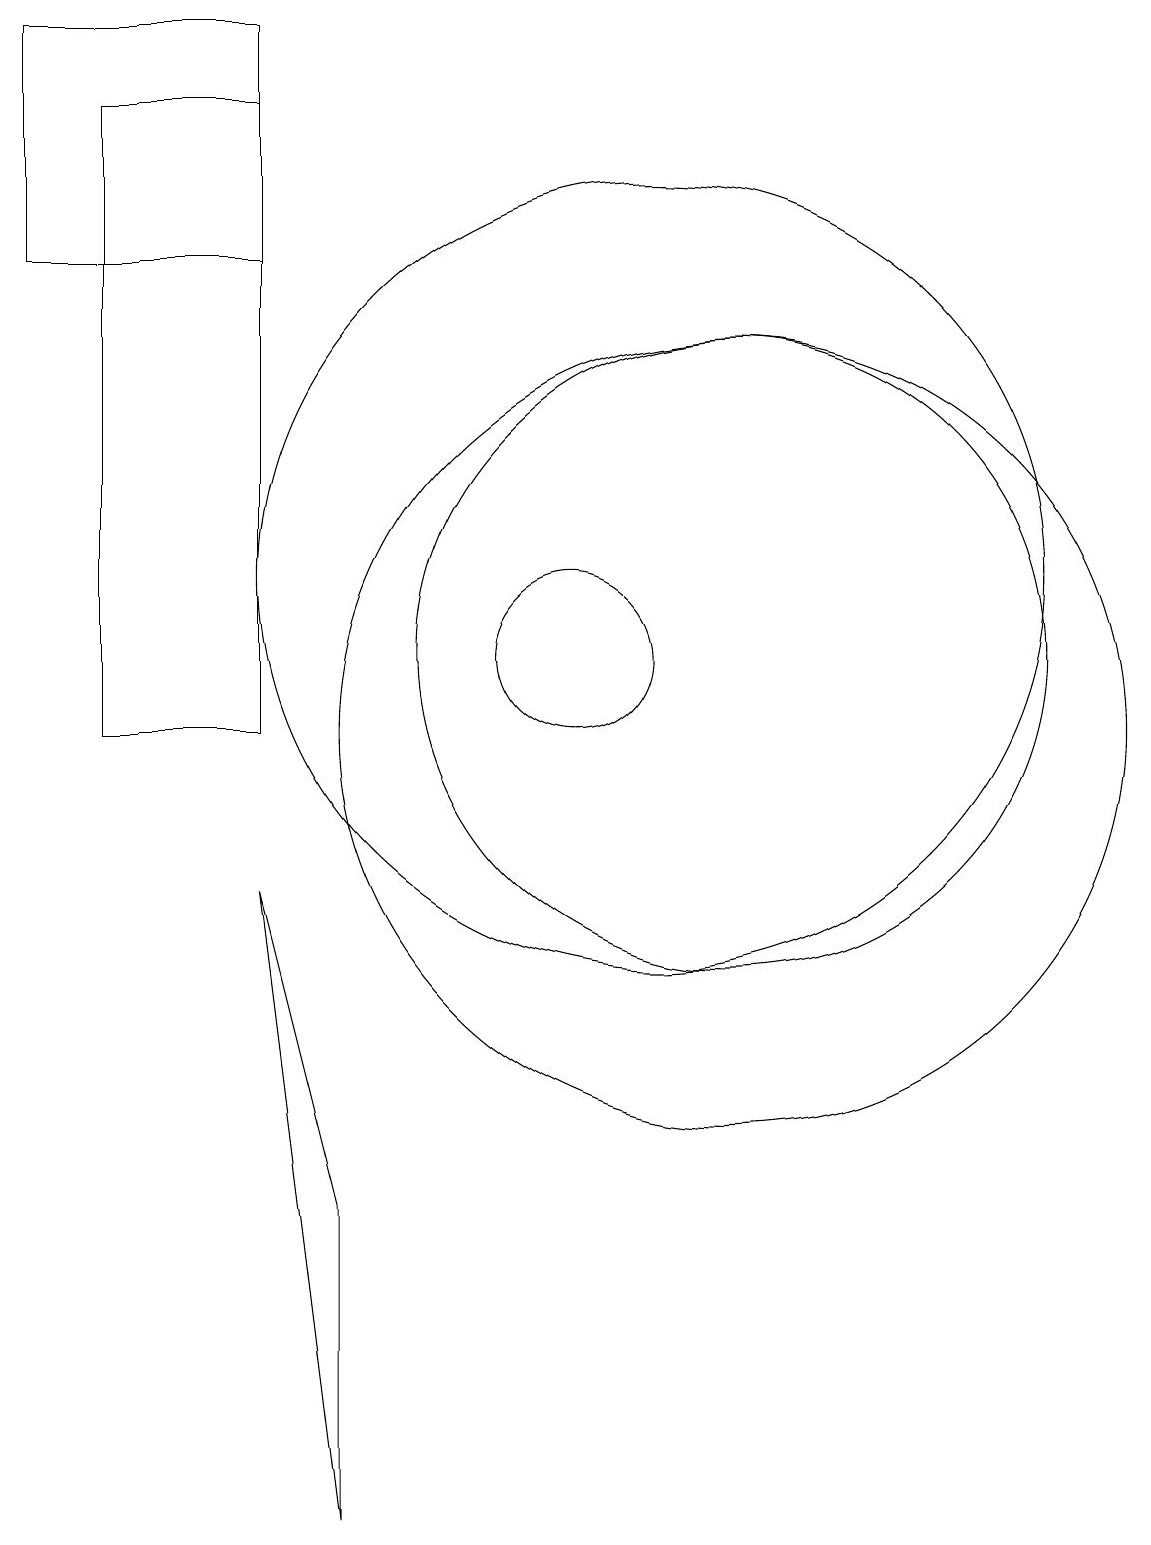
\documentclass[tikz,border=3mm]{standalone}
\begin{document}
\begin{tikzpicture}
\draw (12,11) circle (4);
\draw (11,12) circle (5);
\draw (6,8) -- (7,4) -- (7,0) -- cycle;
\draw (10,11) circle (1);
\draw (12,10) circle (5);
\draw (3,19) rectangle (6,16);
\draw (4,18) rectangle (6,10);
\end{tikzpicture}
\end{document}